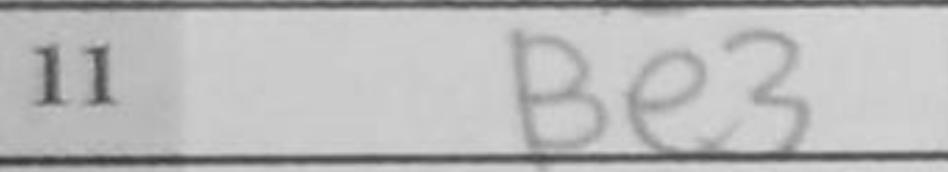
Transcription: Be3